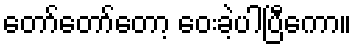
တော်တော်တော့ ဝေးခဲ့ပါပြီကော။